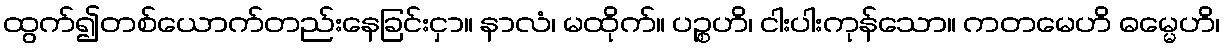
ထွက်၍တစ်ယောက်တည်းနေခြင်းငှာ။ နာလံ၊ မထိုက်။ ပဉ္စဟိ၊ ငါးပါးကုန်သော။ ကတမေဟိ ဓမ္မေဟိ၊